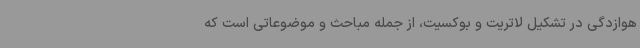
هوازدگی در تشکیل لاتریت و بوکسیت، از جمله مباحث و موضوعاتی است که